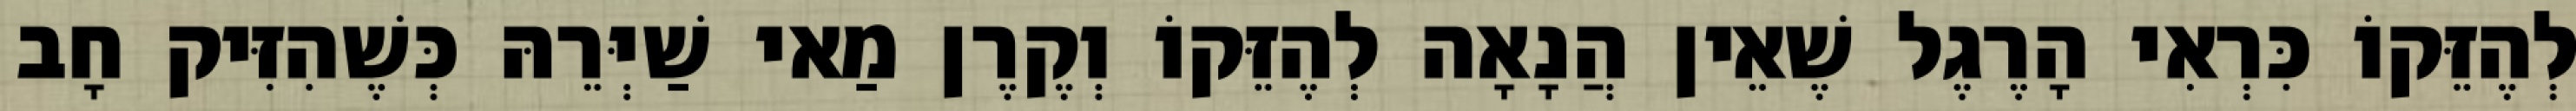
לְהֶזֵּקוֹ כִּרְאִי הָרֶגֶל שֶׁאֵין הֲנָאָה לְהֶזֵּקוֹ וְקֶרֶן מַאי שַׁיְּרֵהּ כְּשֶׁהִזִּיק חָב